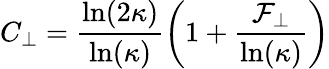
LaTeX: C_{\perp}=\frac{\ln(2\kappa)}{\ln(\kappa)}\left(1+\frac{\mathcal{F}_{\perp}}{\ln(\kappa)}\right)